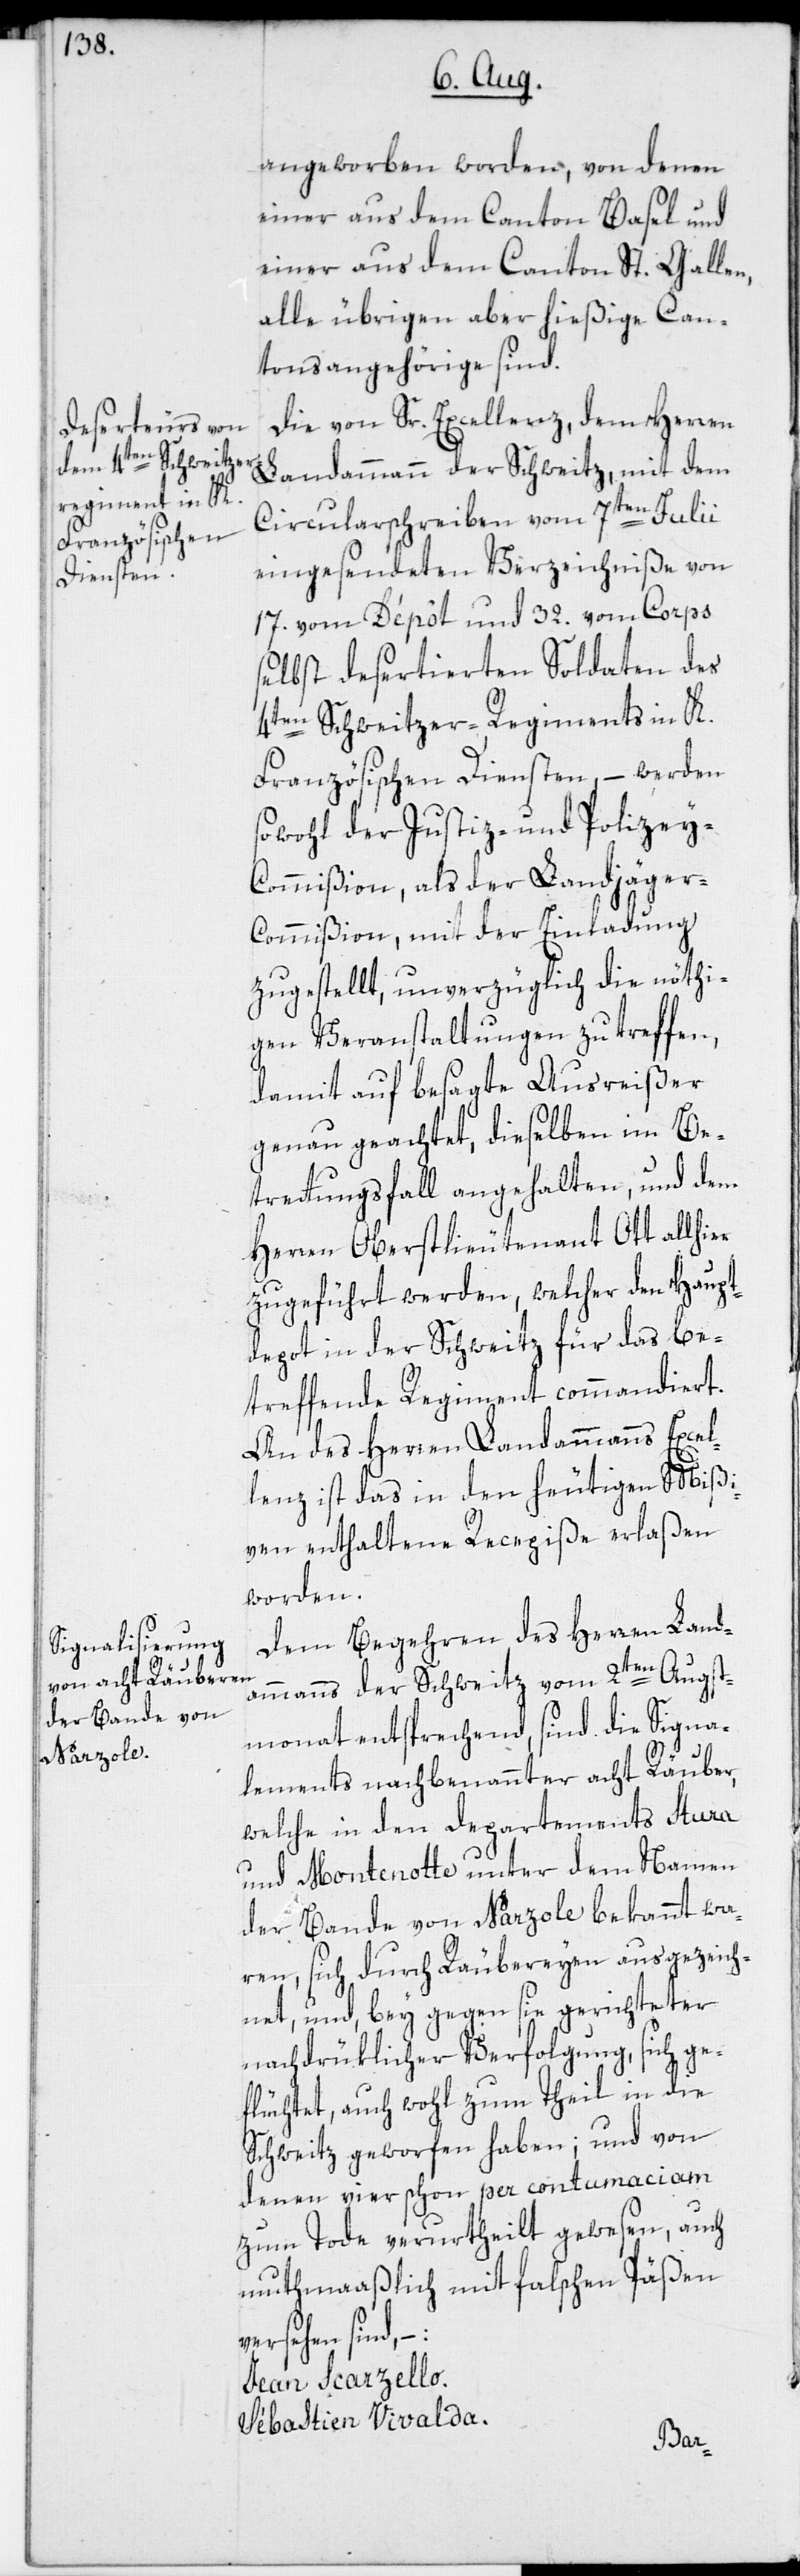
angeworben worden, von denen
einer aus dem Canton Basel und
einer aus dem Canton St. Gallen,
alle übrigen aber hießige Can¬
tonsangehörige sind.
Die von Sr. Excellenz, dem Herren
Landammann der Schweitz, mit dem
Circularschreiben vom 7ten Julii
eingesendeten Verzeichniße von
17. vom Dépôt und 32. vom Corps
selbst desertierten Soldaten des
4ten Schweitzer-Regiments in K.
Französischen Diensten, – werden
sowohl der Justiz- und Polizey-C¬
ommißion, als der Landjäger-C¬
ommißion, mit der Einladung
zugestellt, unverzüglich die nöthi¬
gen Veranstaltungen zu treffen,
damit auf besagte Ausreißer
genau geachtet, dieselben im Be¬
trettungsfall angehalten, und dem
Herren Oberstlieutenant Ott allhier
zugeführt werden, welcher den Haupt¬
depot in der Schweitz für das be¬
treffende Regiment commandiert.
An des Herren Landammanns Excel¬
lenz ist das in den heutigen Mißi¬
ven enthaltene Recepiße erlaßen
worden.
Dem Begehren des Herren Land¬
ammanns der Schweitz vom 2ten Augst¬
monat entsprechend, sind die Signa¬
lements nachbenannter acht Räuber,
welche in den Departements Stura
und Montenotte unter dem Namen
der Bande von Nazole bekannt wa¬
ren, sich durch Räubereyen ausgezeich¬
net, und, bey gegen sie gerichteter
nachdrüklicher Verfolgung, sich ge¬
flüchtet, auch wohl zum Theil in die
Schweitz geworfen haben; und von
denen vier schon per contumaciam
zum Tode verurtheilt gewesen, auch
muthmaaßlich mit falschen Päßen
versehen sind, –:
Jean Scarzello.
Sébastien Vivalda.